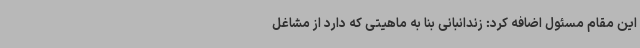
این مقام مسئول اضافه کرد: زندانبانی بنا به ماهیتی که دارد از مشاغل